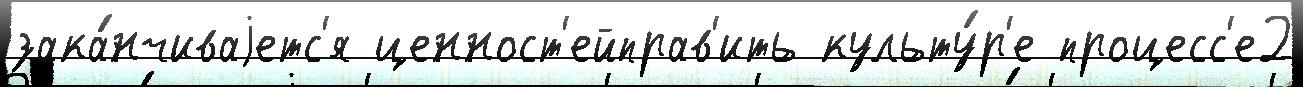
зака́нчиваjетс'я ценност'ейправ'ить культу́р'е процесс'е2